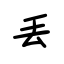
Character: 丢